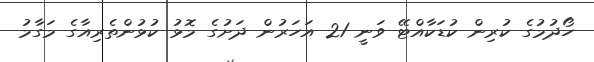
ހޯދުމުގެ ކުރިން ކުޑަކާއްޓޭ ވަނީ 21 އަހަރުން ދަށުގެ މޮޅު ކުޅުންތެރިއާގެ މަގާމު